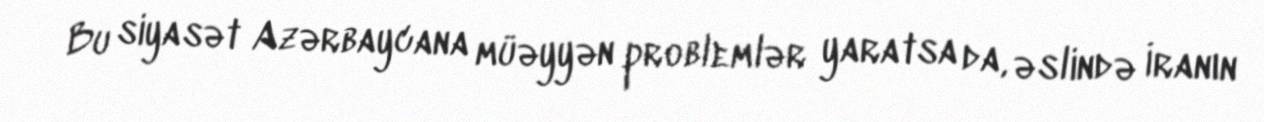
Bu siyasət Azərbaycana müəyyən problemlər yaratsa da, əslində İranın